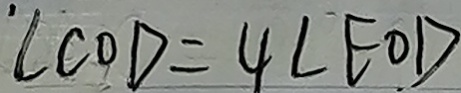
\angle C O D = 4 \angle E O D